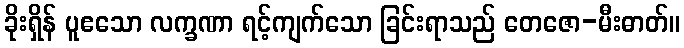
ခိုးရှိန် ပူဧသော လက္ခဏာ ရင့်ကျက်သော ခြင်းရာသည် တေဇော-မီးဓာတ်။